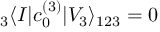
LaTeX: { } _ { 3 } \langle I | c _ { 0 } ^ { ( 3 ) } | V _ { 3 } \rangle _ { 1 2 3 } = 0